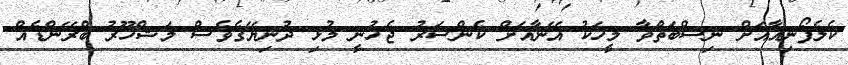
ކެލެފޯނިއާއަށް ނިސްބަތްވާ މީހަކު އޭނާއަށް ކެންސަރު ޖެހުނީ މުޅި ދުނިޔޭގެވެސް މަޝްހޫރު ބްރޭންޑެއް